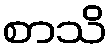
စာသိ